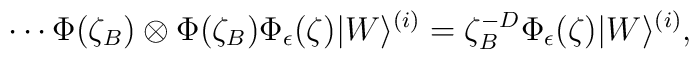
\cdots\Phi(\zeta_B)\otimes\Phi(\zeta_B)\Phi_\epsilon(\zeta)  |W\rangle^{(i)} =  \zeta_B^{-D}\Phi_\epsilon(\zeta)|W\rangle^{(i)},